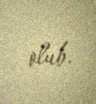
olub.